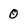
Character: 0